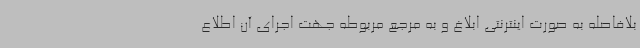
بلافاصله به صورت اینترنتی ابلاغ و به مرجع مربوطه جهت اجرای آن اطلاع